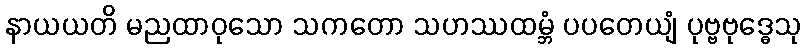
နာယယတိ မညထာဝုသော သကတော သဟဿထမ္ဘံ ပပတေယျံ ပုဗ္ဗဗုဒ္ဓေသု